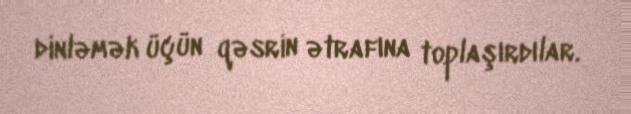
dinləmək üçün qəsrin ətrafına toplaşırdılar.